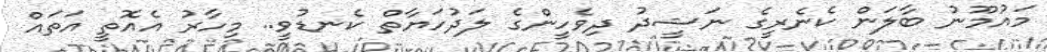
މައުމޫނު ބާލަން ކެނެރީގެ ނަޝީދު ދިވެހީންގެ ލަދުހަޔާތް ކެނޑުވީ.. މިހާރު އެއޮތީ އަތައް